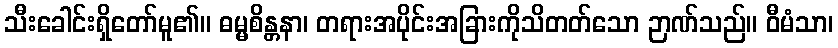
သီးခေါင်းရှိတော်မူ၏။ ဓမ္မစိန္တနာ၊ တရားအပိုင်းအခြားကိုသိတတ်သော ဉာဏ်သည်။ ဝီမံသာ၊